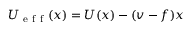
U _ { \mathrm { ~ e ~ f ~ f ~ } } ( x ) = U ( x ) - ( v - f ) x